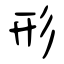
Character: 形